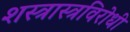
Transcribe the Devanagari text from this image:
शस्त्रास्त्रविरोधी